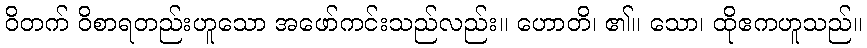
ဝိတက် ဝိစာရတည်းဟူသော အဖော်ကင်းသည်လည်း။ ဟောတိ၊ ၏။ သော၊ ထိုဧကဟူသည်။